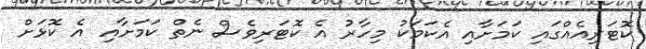
ކޮޓަރިއެއްގައި ކަމަށާއި އެކަމަކު މިހާރު އެ ކޮޓަރިވެސް ނެތް ކަމަށާއި އެ ކޮޅަށް